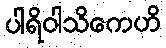
ပါရိဝါသိကေဟိ